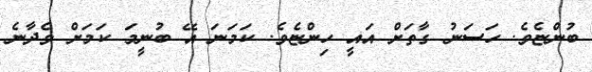
ބުންޏެވެ. ހަސަނު ގާތަށް އައީ ހިންޏެވެ. ކަމަނަ އޭ ބުނީމަ ކަމަށް ވެދާނެ